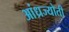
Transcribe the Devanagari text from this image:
आंध्रज्योती